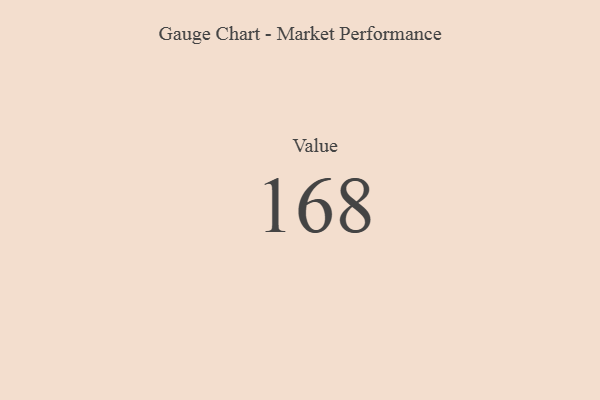
{"axis": {"x": "Metric", "y": "Value"}, "legend": [""], "data": [{"x": "Value", "y": 168, "type": ""}]}